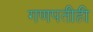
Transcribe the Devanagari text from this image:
गणपतीही